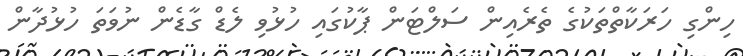
ހިންގި ހަރަކާތްތަކުގެ ތެރެއިން ސަލްޓަން ޕާކުގައި ހުޅުވި ލެޑް ގާޑެން ނުވަތަ ހުޅުދާން